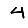
Digit: 4